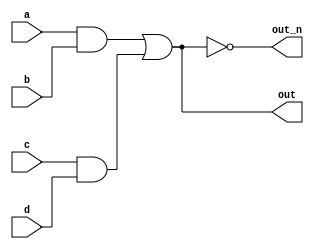
module top_module (
	input a,
	input b,
	input c,
	input d,
	output out,
	output out_n );
	
	wire w1, w2;		      // Declare two wires (named w1 and w2)
	assign w1 = a&b;	    // First AND gate
	assign w2 = c&d;	    // Second AND gate
	assign out = w1|w2;	  // OR gate: Feeds both 'out' and the NOT gate

	assign out_n = ~out;	// NOT gate
	
endmodule